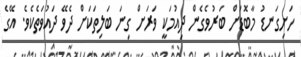
ހަށިގަނޑު މާބޮޑަށް ބަރުވެގެން ދިއުމަކީ ވަރަށް ގިނަ ބަލިތަކަށް ދެވޭ ދައުވަތެކެވެ. އޭގެ